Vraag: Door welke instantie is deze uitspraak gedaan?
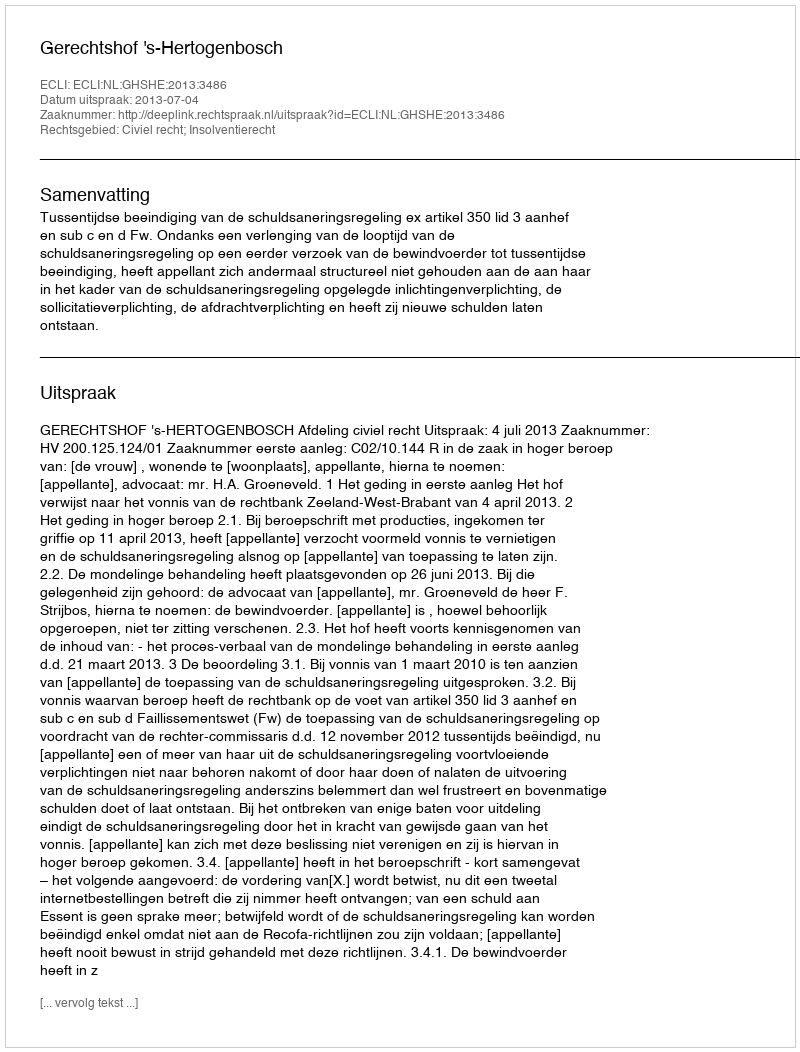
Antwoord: Gerechtshof 's-Hertogenbosch